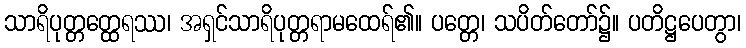
သာရိပုတ္တတ္ထေရဿ၊ အရှင်သာရိပုတ္တရာမထေရ်၏။ ပတ္တေ၊ သပိတ်တော်၌။ ပတိဋ္ဌပေတွာ၊